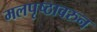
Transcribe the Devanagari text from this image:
मलपृष्ठावरुन